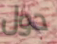
حول